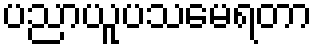
ပညာယူပသမေရတာ